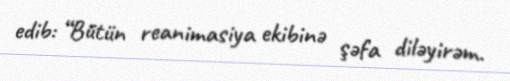
edib: “Bütün reanimasiya ekibinə şəfa diləyirəm.